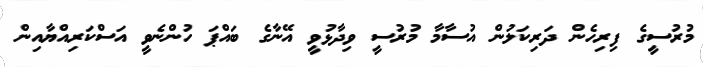
މުރުސީގެ ފިރިހެން ދަރިކަލުން އުސާމާ މުރުސީ ވިދާޅުވީ އޭނާގެ ބައްޕަ ހުންނެވީ އަސްކަރިއްޔާއިން